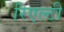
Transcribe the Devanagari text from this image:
रिएल्टी